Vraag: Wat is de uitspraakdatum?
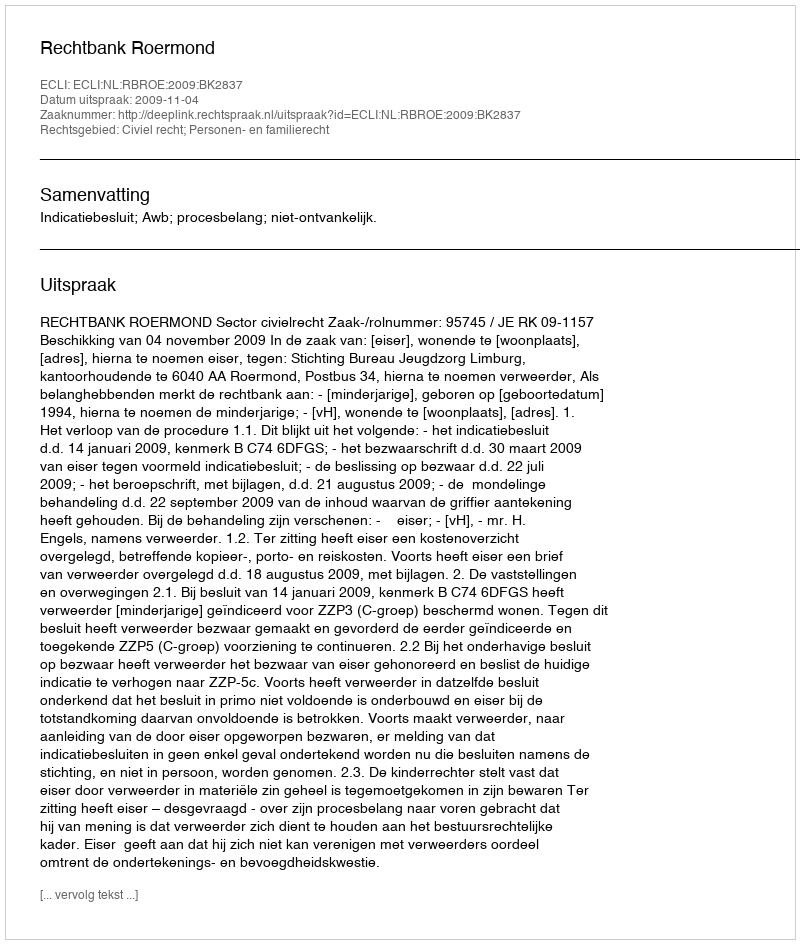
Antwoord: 2009-11-04